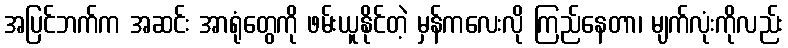
အပြင်ဘက်က အဆင်း အာရုံတွေကို ဖမ်းယူနိုင်တဲ့ မှန်ကလေးလို ကြည်နေတာ၊ မျက်လုံးကိုလည်း